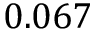
0 . 0 6 7